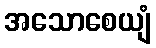
အသောစေယျံ